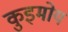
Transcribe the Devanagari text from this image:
कुइमोय